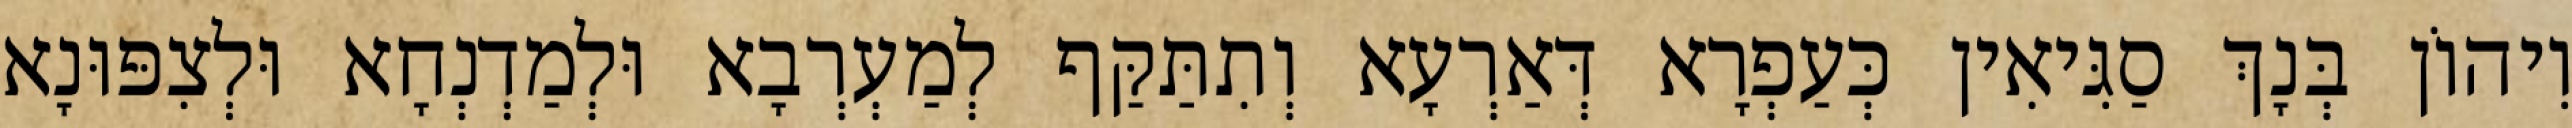
וִיהוֹן בְּנָךְ סַגִּיאִין כְּעַפְרָא דְּאַרְעָא וְתִתַּקַּף לְמַעְרְבָא וּלְמַדְנְחָא וּלְצִפּוּנָא